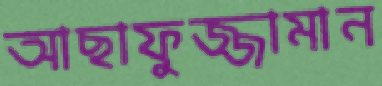
আছাফুজ্জামান